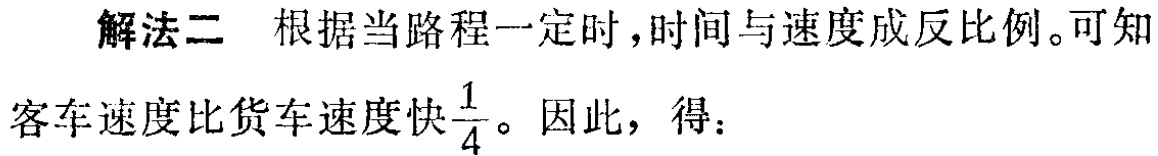
解法二 根据当路程一定时，时间与速度成反比例。可知

客车速度比货车速度快$\frac{1}{4}$。因此，得：